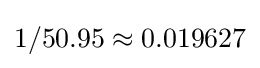
1/50.95\approx 0.019627